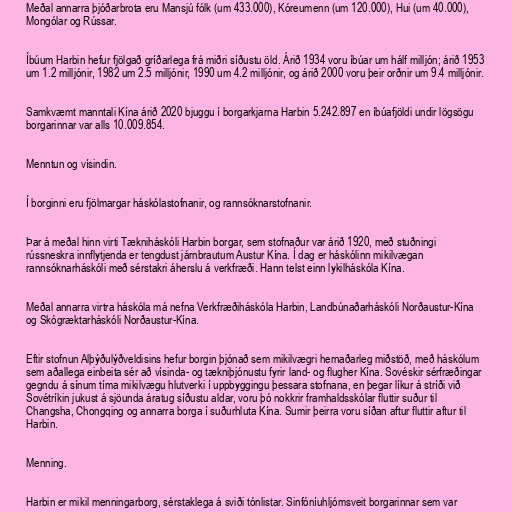
Meðal annarra þjóðarbrota eru Mansjú fólk (um 433.000), Kóreumenn (um 120.000), Hui (um 40.000),
Mongólar og Rússar.

Íbúum Harbin hefur fjölgað gríðarlega frá miðri síðustu öld. Árið 1934 voru íbúar um hálf milljón; árið 1953
um 1.2 milljónir, 1982 um 2.5 milljónir, 1990 um 4.2 milljónir, og árið 2000 voru þeir orðnir um 9.4 milljónir.

Samkvæmt manntali Kína árið 2020 bjuggu í borgarkjarna Harbin 5.242.897 en íbúafjöldi undir lögsögu
borgarinnar var alls 10.009.854.

Menntun og vísindin.

Í borginni eru fjölmargar háskólastofnanir, og rannsóknarstofnanir.

Þar á meðal hinn virti Tækniháskóli Harbin borgar, sem stofnaður var árið 1920, með stuðningi
rússneskra innflytjenda er tengdust járnbrautum Austur Kína. Í dag er háskólinn mikilvægan
rannsóknarháskóli með sérstakri áherslu á verkfræði. Hann telst einn lykilháskóla Kína.

Meðal annarra virtra háskóla má nefna Verkfræðiháskóla Harbin, Landbúnaðarháskóli Norðaustur-Kína
og Skógræktarháskóli Norðaustur-Kína.

Eftir stofnun Alþýðulýðveldisins hefur borgin þjónað sem mikilvægri hernaðarleg miðstöð, með háskólum
sem aðallega einbeita sér að vísinda- og tækniþjónustu fyrir land- og flugher Kína. Sovéskir sérfræðingar
gegndu á sínum tíma mikilvægu hlutverki í uppbyggingu þessara stofnana, en þegar líkur á stríði við
Sovétríkin jukust á sjöunda áratug síðustu aldar, voru þó nokkrir framhaldsskólar fluttir suður til
Changsha, Chongqing og annarra borga í suðurhluta Kína. Sumir þeirra voru síðan aftur fluttir aftur til
Harbin.

Menning.

Harbin er mikil menningarborg, sérstaklega á sviði tónlistar. Sinfóníuhljómsveit borgarinnar sem var